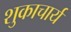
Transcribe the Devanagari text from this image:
शुकाचार्य